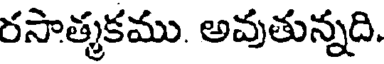
రసాత్మకము. అవుతున్నది.